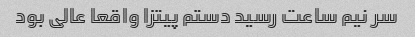
سر نیم ساعت رسید دستم پیتزا واقعا عالی بود